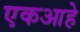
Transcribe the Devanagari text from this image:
एकआहे